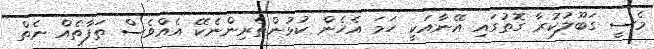
މެސީ ގަބޫލުކުރާ ގޮތުގައި އޭނާއަކީ ހަމަ އެހެން ކުޅުންތެރިންނެކޭ އެއްވެސް ތަފާތެއް ނެތް